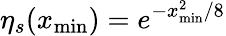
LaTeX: \eta_{s}(x_{\mathrm{min}})=e^{-x_{\mathrm{min}}^{2}/8}